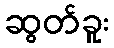
ဆွတ်ခူး